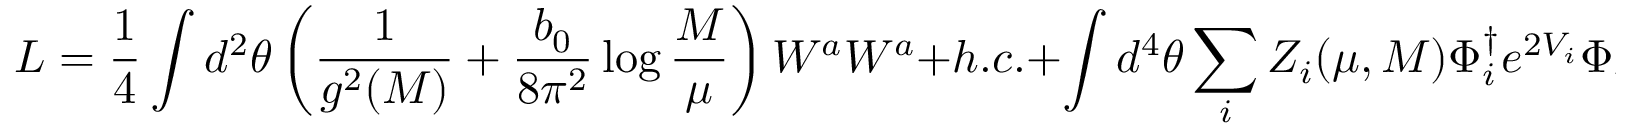
L = { \frac { 1 } { 4 } } \int d ^ { 2 } \theta \left( { \frac { 1 } { g ^ { 2 } ( M ) } } + { \frac { b _ { 0 } } { 8 \pi ^ { 2 } } } \log { \frac { M } { \mu } } \right) W ^ { a } W ^ { a } + h . c . + \int d ^ { 4 } \theta \sum _ { i } Z _ { i } ( \mu , M ) \Phi _ { i } ^ { \dagger } e ^ { 2 V _ { i } } \Phi _ { i } \, ,